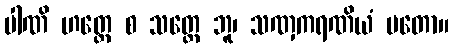
ပါဏိ ဟတ္ထေ စ သတ္တေ ဘူ၊ သဏှကရဏိယံ မတော။